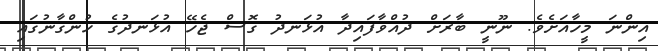
އިންނަ މީހާއަށެވެ. ނޫނީ ބާރަށް ދުއްވާފައިދާ އުޅަނދު ގޮސް ޖެހޭ އުޅަނދުގެ ހުންގާނުގައި